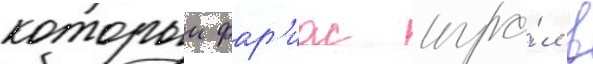
которыи фар'иас игра́л в